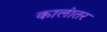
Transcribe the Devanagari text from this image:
कालंातर